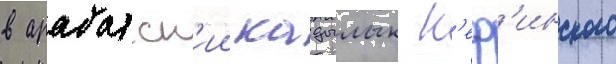
в арабатск'ии кадылык к'еф'инского